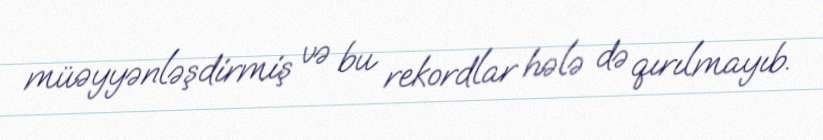
müəyyənləşdirmiş və bu rekordlar hələ də qırılmayıb.